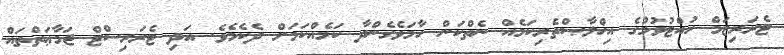
ޓެރަރިޒަމް ހުއްޓުވުމުގެ އިޚްލާޞްތެރިކަމެއް ނެތްކަން ހާމަވެގެންދާ ކަމެއްކަމަށް ދެކެމެވެ. އަދި ޓެރަރިސްޓް ޖަމާޢަތްތައް